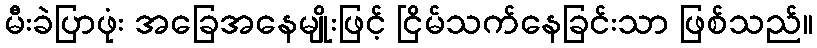
မီးခဲပြာဖုံး အခြေအနေမျိုးဖြင့် ငြိမ်သက်နေခြင်းသာ ဖြစ်သည်။